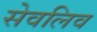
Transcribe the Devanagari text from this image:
सेवलिव